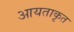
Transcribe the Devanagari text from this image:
आयताकृत